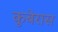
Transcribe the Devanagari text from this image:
कुबेरास